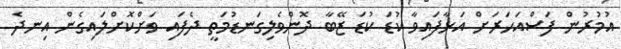
އުމުރުން ފަސްއަހަރަށް އަޅާފައިވާ ކުޑަ ކުޑަ ޒޭބާ ދޮންވެލިގަނޑުމަތީ ދެފައި ވަށްކޮށްލައިގެން އިނދެ